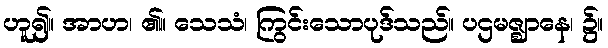
ဟူ၍။ အာဟ၊ ၏။ သေသံ၊ ကြွင်းသောပုဒ်သည်။ ပဌမဇ္ဈာနေ၊ ၌။